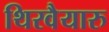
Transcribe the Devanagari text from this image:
थिरवैयारु